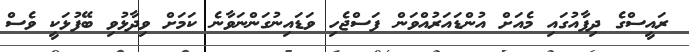
ރައީސްގެ ދިފާއުގައި މެއަށް އުންޑައަރުއްވަން ފަސްޖެހި ވަޑައިނުގަންނަވާނެ ކަމަށް ވިދާޅުވި ބޭފުޅަކީ ވެސް